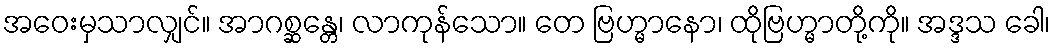
အဝေးမှသာလျှင်။ အာဂစ္ဆန္တေ၊ လာကုန်သော။ တေ ဗြဟ္မာနော၊ ထိုဗြဟ္မာတို့ကို။ အဒ္ဒသ ခေါ၊